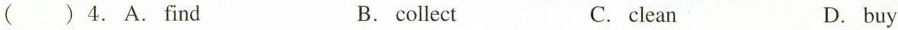
( )4.A.Find B.collect C.clean D.buy